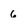
Character: 6